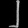
Digit: ၂